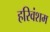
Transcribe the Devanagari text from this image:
हरिवंशम